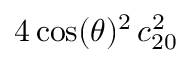
4 \cos ( \theta ) ^ { 2 } \, c _ { 2 0 } ^ { 2 }